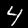
Digit: 4